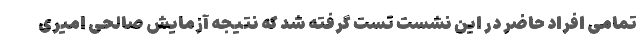
تمامی افراد حاضر در این نشست تست گرفته شد که نتیجه آزمایش صالحی امیری